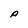
Character: A